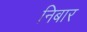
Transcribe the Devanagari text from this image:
निबार